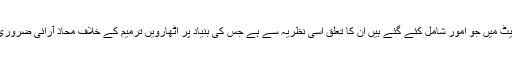
اس کمیشن کے مینڈیٹ میں جو امور شامل کئے گئے ہیں ان کا تعلق اسی نظریہ سے ہے جس کی بنیاد پر اٹھارویں ترمیم کے خلاف محاذ آرائی ضروری سمجھی جاتی ہے۔